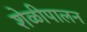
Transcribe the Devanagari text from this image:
शेळीपालन